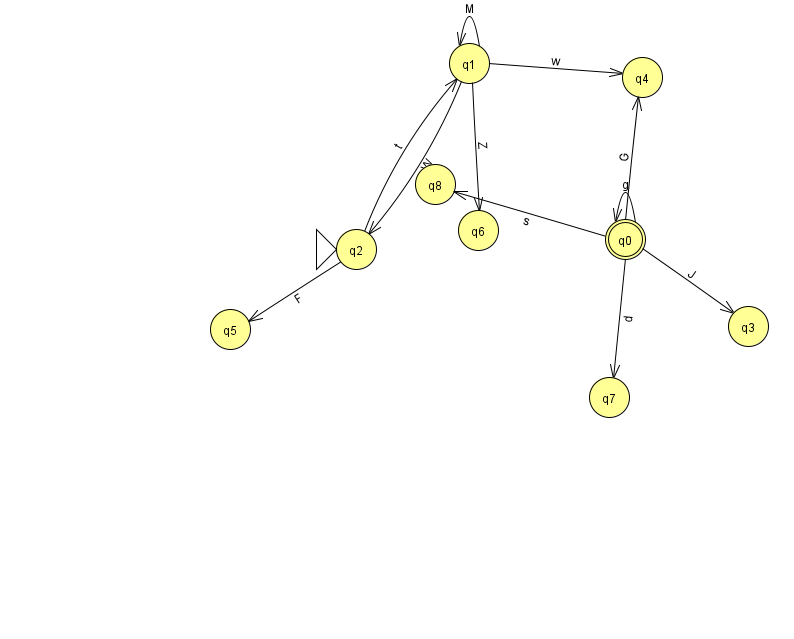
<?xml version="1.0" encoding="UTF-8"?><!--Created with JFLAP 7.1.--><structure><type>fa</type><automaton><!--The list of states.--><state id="0" name="q0"><x>625.0</x><y>226.0</y><final/></state><state id="1" name="q1"><x>469.0</x><y>50.0</y></state><state id="2" name="q2"><x>356.0</x><y>236.0</y><initial/></state><state id="3" name="q3"><x>748.0</x><y>313.0</y></state><state id="4" name="q4"><x>642.0</x><y>64.0</y></state><state id="5" name="q5"><x>230.0</x><y>316.0</y></state><state id="6" name="q6"><x>478.0</x><y>217.0</y></state><state id="7" name="q7"><x>609.0</x><y>384.0</y></state><state id="8" name="q8"><x>435.0</x><y>171.0</y></state><!--The list of transitions.--><transition><from>0</from><to>3</to><read>J</read></transition><transition><from>0</from><to>4</to><read>G</read></transition><transition><from>0</from><to>7</to><read>d</read></transition><transition><from>1</from><to>6</to><read>Z</read></transition><transition><from>0</from><to>8</to><read>s</read></transition><transition><from>1</from><to>2</to><read>W</read></transition><transition><from>2</from><to>1</to><read>t</read></transition><transition><from>2</from><to>5</to><read>F</read></transition><transition><from>0</from><to>0</to><read>g</read></transition><transition><from>1</from><to>1</to><read>M</read></transition><transition><from>1</from><to>4</to><read>w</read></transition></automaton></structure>